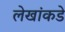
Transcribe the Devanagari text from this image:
लेखांकडे